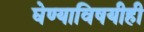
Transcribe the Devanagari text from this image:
घेण्याविषयीही